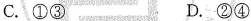
C.①③ D.②④